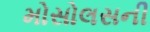
મોસોલસની